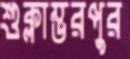
শুক্লাম্ভরপুর